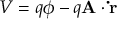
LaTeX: V = q \phi - q \mathbf { A } \cdot \mathbf { \dot { r } }